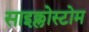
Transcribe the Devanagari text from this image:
साइक्लोस्टोम